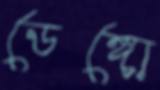
ডেঙ্গো